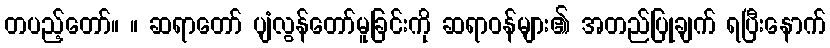
တပည့်တော်။ ။ ဆရာတော် ပျံလွန်တော်မူခြင်းကို ဆရာဝန်များ၏ အတည်ပြုချက် ရပြီးနောက်